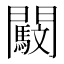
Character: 𨷜